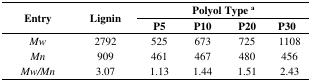
<table><thead><tr><td rowspan="2"><b>Entry</b></td><td rowspan="2"><b>Lignin</b></td><td colspan="4"><b>Polyol Type <sup>a</sup></b></td></tr><tr><td><b>P5</b></td><td><b>P10</b></td><td><b>P20</b></td><td><b>P30</b></td></tr></thead><tbody><tr><td><i>Mw</i></td><td>2792</td><td>525</td><td>673</td><td>725</td><td>1108</td></tr><tr><td><i>Mn</i></td><td>909</td><td>461</td><td>467</td><td>480</td><td>456</td></tr><tr><td><i>Mw/Mn</i></td><td>3.07</td><td>1.13</td><td>1.44</td><td>1.51</td><td>2.43</td></tr></tbody></table>